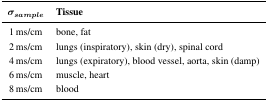
<table><thead><tr><td><b><i>σ<sub>sample</sub></i></b></td><td><b>Tissue</b></td></tr></thead><tbody><tr><td>1 ms/cm</td><td>bone, fat</td></tr><tr><td>2 ms/cm</td><td>lungs (inspiratory), skin (dry), spinal cord</td></tr><tr><td>4 ms/cm</td><td>lungs (expiratory), blood vessel, aorta, skin (damp)</td></tr><tr><td>6 ms/cm</td><td>muscle, heart</td></tr><tr><td>8 ms/cm</td><td>blood</td></tr></tbody></table>